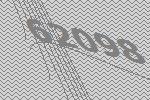
62098